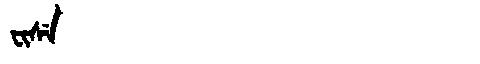
Manchu: ᠸᡳᠰᡝ
Romanization: WISE